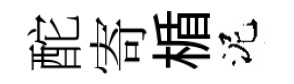
酡寄楯泥